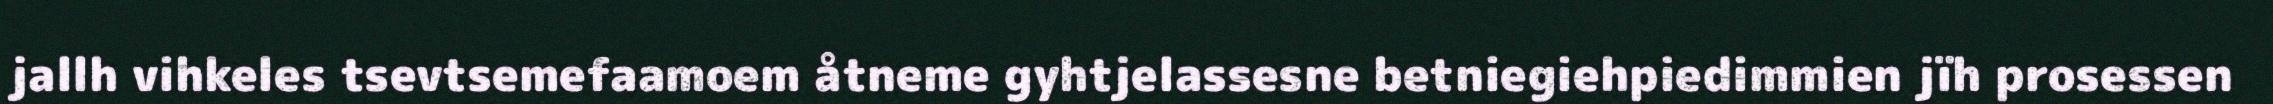
jallh vihkeles tsevtsemefaamoem åtneme gyhtjelassesne betniegiehpiedimmien jïh prosessen